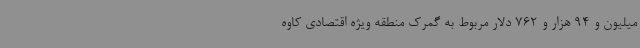
میلیون و 94 هزار و 762 دلار مربوط به گمرک منطقه ویژه اقتصادی کاوه